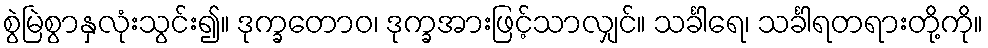
စွဲမြဲစွာနှလုံးသွင်း၍။ ဒုက္ခတောဝ၊ ဒုက္ခအားဖြင့်သာလျှင်။ သင်္ခါရေ၊ သင်္ခါရတရားတို့ကို။